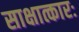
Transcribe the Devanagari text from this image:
साक्षात्कारः